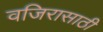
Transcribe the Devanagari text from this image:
वजिरासाठी